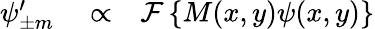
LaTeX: \begin{array}{rlr}{\psi_{\pm m}^{\prime}}&{{}\propto}&{\mathcal{F}\left\{ M(x,y)\psi(x,y)\right\} }\end{array}